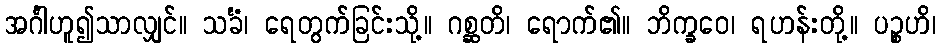
အင်္ဂါဟူ၍သာလျှင်။ သင်္ခံ၊ ရေတွက်ခြင်းသို့။ ဂစ္ဆတိ၊ ရောက်၏။ ဘိက္ခဝေ၊ ရဟန်းတို့။ ပဉ္စဟိ၊